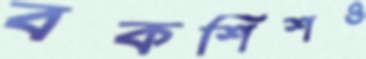
বকশিশও